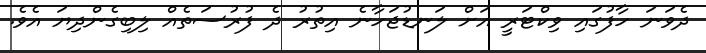
ދެވަނަ ހާފުގައި ވިކްޓަރީ އަށް ލަނޑުޖަހާނެ އިތުރު ދެ ފުރުސަތެއް ލިބިގެންދިޔަ އެވެ.